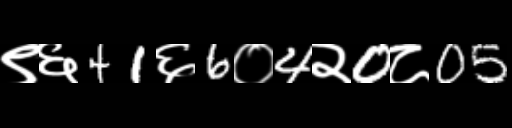
Text: ९६41६6०4२0८05